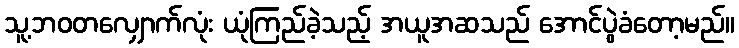
သူ့ဘဝတလျှောက်လုံး ယုံကြည်ခဲ့သည့် အယူအဆသည် အောင်ပွဲခံတော့မည်။